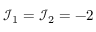
\mathcal { I } _ { 1 } = \mathcal { I } _ { 2 } = - 2